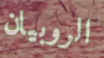
الروبيان